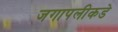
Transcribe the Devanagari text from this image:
जगापलीकडे